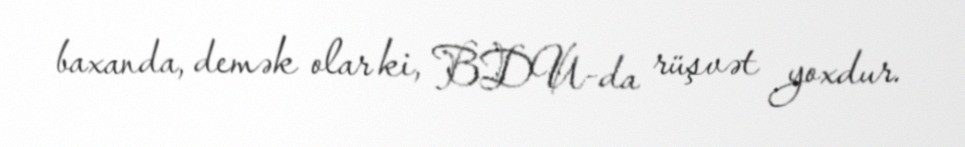
baxanda, demək olar ki, BDU-da rüşvət yoxdur.